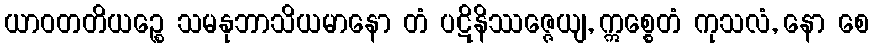
ယာဝတတိယဉ္စေ သမနုဘာသိယမာနော တံ ပဋိနိဿဇ္ဇေယျ, ဣစ္စေတံ ကုသလံ, နော စေ